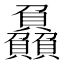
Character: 𮚰